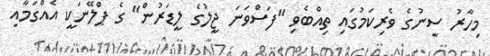
މިހާރު ސީނުގެ ވެރިކަމުގައި ތިއްބެވި "ފަސްވަނަ ޖީލުގެ ލީޑަރުން" ގެ ޕްލޭނަކީ އެއްގަމާއި